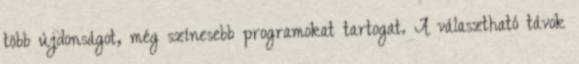
több újdonságot, még színesebb programokat tartogat. A választható távok